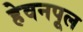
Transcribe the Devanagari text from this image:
हेवनपूल